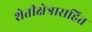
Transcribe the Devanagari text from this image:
शेतीक्षेत्रासहित